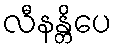
လီနန္တိပေ